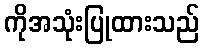
ကိုအသုံးပြုထားသည်